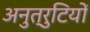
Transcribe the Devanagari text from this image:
अनुत्रुटियों